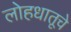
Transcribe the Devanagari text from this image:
लोहधातूचे